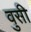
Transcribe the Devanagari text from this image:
वुसी